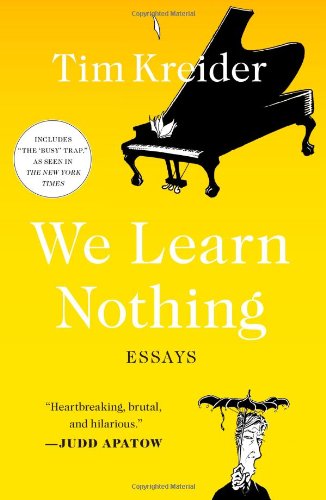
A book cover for We Learn Nothing: Essays; Tim Kreider; Comics & Graphic Novels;